Medical and sanitary report on the native army of Bombay for the year
Year: 1878
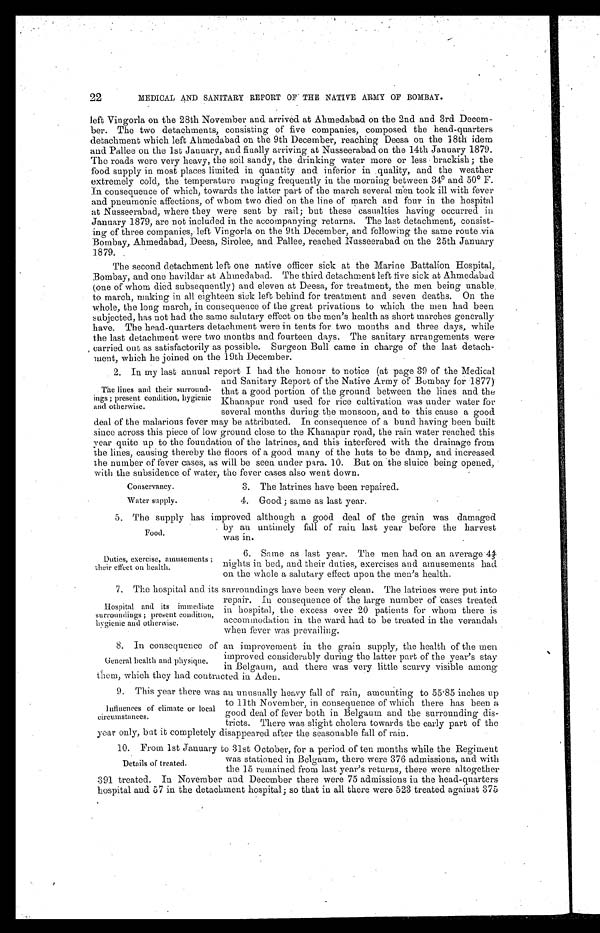
22
MEDICAL AND SANITARY REPORT OF THE NATIVE ARMY OF BOMBAY.
left Vingorla on the 28th November and arrived at Ahmedabad on the 2nd and 3rd Decem-
ber. The two detachments, consisting of five companies, composed the head-quarters
detachment which left Ahmedabad on the 9th December, reaching Deesa on the 18th idem
and Pallee on the 1st January, and finally arriving at Nusseerabad on the 14th January 1879.
The roads were very heavy, the soil sandy, the drinking water more or less brackish; the
food supply in most places limited in quantity and inferior in quality, and the weather
extremely cold, the temperature ranging frequently in the morning between 34° and 50° F.
In consequence of which, towards the latter part of the march several men took ill with fever
and pneumonic affections, of whom two died on the line of march and four in the hospital
at Nusseerabad, where they were sent by rail; but these casualties having occurred in
January 1879, are not included in the accompanying returns. The last detachment, consist-
ing of three companies, left Vingorla on the 9th December, and following the same route via
Bombay, Ahmedabad, Deesa, Sirolee, and Pallee, reached Nusseerabad on the 25th January
1 8 7 9 .
The second detachment left one native officer sick at the Marine Battalion Hospital,
Bombay, and one havildar at Ahmedabad. The third detachment left five sick at Ahmedabad
(one of whom died subsequently) and eleven at Deesa, for treatment, the men being unable
to march, making in all eighteen sick left behind for treatment and seven deaths. On the
whole, the long march, in consequence of the great privations to which the men had been
subjected, has not had the same salutary effect on the men's health as short marches generally
have. The head-quarters detachment were in tents for two months and three days, while
the last detachment were two months and fourteen days. The sanitary arrangements were
carried out as satisfactorily as possible. Surgeon Bull came in charge of the last detach-
ment, which he joined on the 19th December.
2. In my last annual report I had the honour to notice (at nacre 39 of the Medical
The lines and their surround
ings; present condition, hygienic
and otherwise.
and Sanitary Report of the Native Army of Bombay for 1877)
that a good portion of the ground between the lines and the
Khanapur road used for rice cultivation was under water for
several months during the monsoon, and to this cause a good
deal of the malarious fever may be attributed. In consequence of a bund having been b uilt
since across this piece of low ground close to the Khanapur road, the rain water reached this
year quite up to the foundation of the latrines, and this interfered with the drainage from
the lines, causing thereby the floors of a good many of the huts to be damp, and increased
the number of fever cases, as will be seen under para. 10. But on the sluice being opened,
with the subsidence of water, the fever cases also went down.
Conservancy.
Water supply.
3. The latrines have been repaired.
4. Good; same as last year.
Food.
5. The supply has improved although a good deal of the grain was damaged.
by an untimely fall of rain last year- before the harvest
was in.
Duties, exercise, amusements ;
their effect on health.
6. Same as last year. The men had on an average 4 4/5
nights in bed, and their duties, exercises and amusements had
on the whole a salutary effect upon the men's health.
7. The hospital and its surroundings have been very clean. The latrines were put into
Hospital and its immediate
surroundings; present condition,
hygienic and otherwise.
repair. In consequence of the large number a cases treated
in hospital, the excess over 20 patients for whom there is
accommodation in the ward had to be treated in the verandah
when fever was prevailing.
8. In consequence of an improvement in the grain supply, the health of the men
General health and physique.
improved considerably during the latter part of the year's stay
in Belgaum, and there was very little scurvy visible among
them, which they had contracted in Aden.
9. This year there was an unusually heavy fall of rain, amounting to 55.85 inches up
Influences of climate or local
circumstances.
to 11th November, in consequence of which there has been a
good deal of fever both in Belgaum and the surrounding dis
tricts. There was slight cholera towards the early part of the
year only, but it completely disappeared after the seasonable fall of rain.
10. From 1st January to 31st October, for a period of ten months while the Regiment
was stationed in Belgaum, there were 376 admissions, and with the 15 remained from last year' s returns, there were altogether
Details of treated.
391 treated. In November and December there were 75 admissions in the head-quarters
hospital and 57 in the detachment hospital; so that in all there were 523 treated against 375